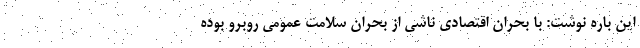
این باره نوشت: با بحران اقتصادی ناشی از بحران سلامت عمومی روبرو بوده